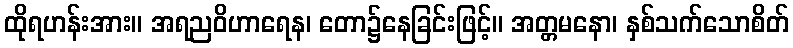
ထိုရဟန်းအား။ အရညဝိဟာရေန၊ တော၌နေခြင်းဖြင့်။ အတ္တမနော၊ နှစ်သက်သောစိတ်